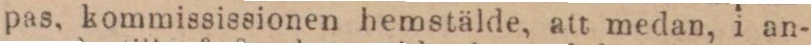
pas, kommississionen hemstälde, att medan, i an-